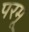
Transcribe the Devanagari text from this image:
परमू